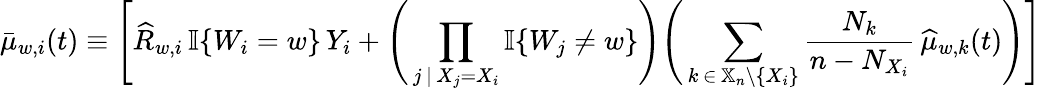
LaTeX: \bar{\mu}_{w,i}(t)\equiv\Bigg[\widehat{R}_{w,i}\, \mathbb{I}\{ W_{i}=w\} \, Y_{i}+\Bigg(\prod_{j\, |\, X_{j}=X_{i}}\mathbb{I}\{ W_{j}\neq w\} \Bigg)\Bigg(\sum_{k\, \in\, \mathbb{X}_{n}\setminus\{ X_{i}\} }\frac{N_{k}}{n-N_{X_{i}}}\, \widehat{\mu}_{w,k}(t)\Bigg)\Bigg]